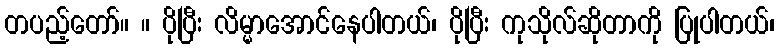
တပည့်တော်။ ။ ပိုပြီး လိမ္မာအောင်နေပါတယ်၊ ပိုပြီး ကုသိုလ်ဆိုတာကို ပြုပါတယ်၊